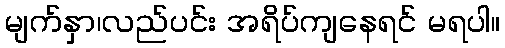
မျက်နှာ၊လည်ပင်း အရိပ်ကျနေရင် မရပါ။